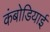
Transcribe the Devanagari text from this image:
कंबोडियाई